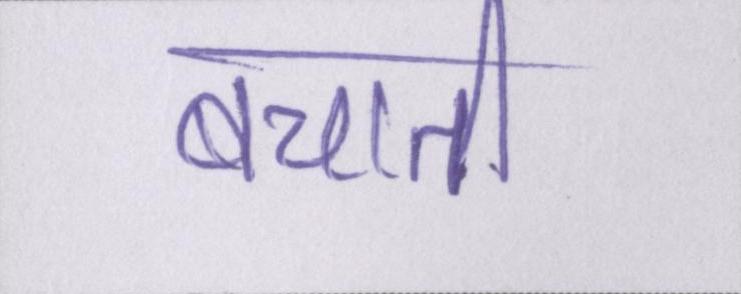
बचाती